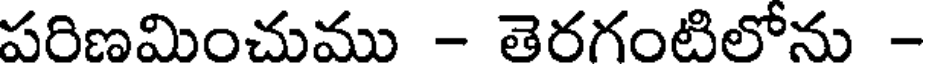
పరిణమించుము - తెరగంటిలోను -